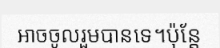
អាចចូលរួមបានទេ។ប៉ុន្តែ